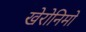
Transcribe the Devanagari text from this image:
खेरोनिमो